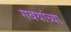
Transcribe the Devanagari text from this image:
गवयांच्या